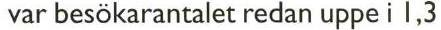
var besökarantalet redan uppe i 1,3